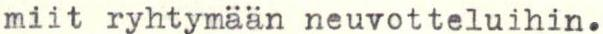
miit ryhtymään neuvotteluihin.